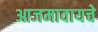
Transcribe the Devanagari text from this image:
आजमावायचे